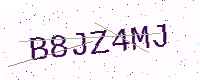
Text: B8JZ4MJ